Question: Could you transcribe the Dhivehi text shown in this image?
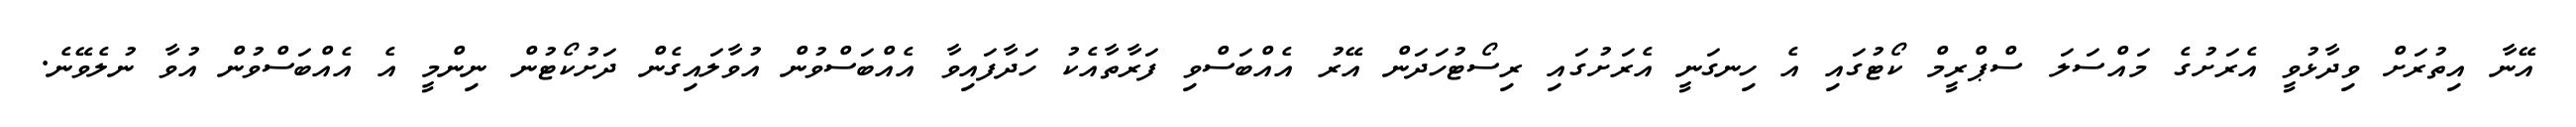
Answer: އޭނާ އިތުރަށް ވިދާޅުވީ އެރަށުގެ މައްސަލަ ސްޕްރީމް ކޯޓުގައި އެ ހިނގަނީ އެރަށުގައި ރިސޯޓުހަދަން އޭރު އެއްބަސްވި ފަރާތާއެކު ހަދާފައިވާ އެއްބަސްވުން އުވާލައިގެން ދަށުކޯޓުން ނިންމީ އެ އެއްބަސްވުން އުވާ ނުލެވޭނެ.